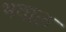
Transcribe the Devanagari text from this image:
भवाल